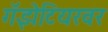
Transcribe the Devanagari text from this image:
गॅझेटियरवर